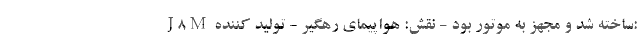
J8M ساخته شد و مجهز به موتور بود - نقش: هواپیمای رهگیر - تولید کننده: